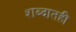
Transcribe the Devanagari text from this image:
शब्दातही